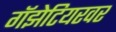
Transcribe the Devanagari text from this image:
गॅझेटियरवर